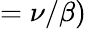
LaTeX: =\nu/\beta)